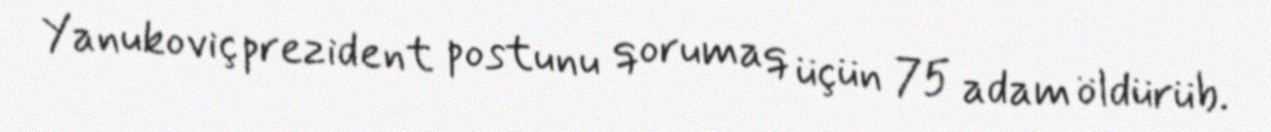
Yanukoviç prezident postunu qorumaq üçün 75 adam öldürüb.